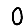
Digit: 0